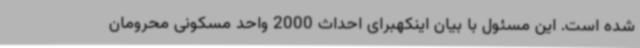
شده است. این مسئول با بیان اینکهبرای احداث 2000 واحد مسکونی محرومان